system: You are a helpful assistant.
user:
Analyze the provided spectrum to determine if it is a **S-type Star**.

- **Key Indicators for S-type Star:**

    - **(Overall Spectrum Shape):** The first and most obvious characteristic is the overall continuum (the "baseline" shape). It is **extremely "red-sloping,"** meaning the flux (light intensity) is very low on the left side (blue, ~4000-4500 Å) and rises steeply and continuously toward the right side (red, ~7000 Å+).

    - **(Primary):** The spectrum is defined by the presence of strong, broad molecular absorption "valleys" (bands) from **Zirconium Oxide (ZrO)**. The identification of these bands is the **primary requirement** for classifying a star as S-type.
        - **(Key Bandheads):** You must find distinct, deep "dips" where the light has been absorbed. The most critical band systems to locate are:
            - **~6474 Å** ($\gamma$-system): This is often the strongest and clearest ZrO feature, found in the red part of the spectrum.
            - **~5718 Å** & **~5551 Å** ($\beta$-system): A pair of prominent absorption features in the yellow-orange part of the spectrum.
            - **~4640 Å** ($\alpha$-system): A key absorption band system in the blue-green region of the spectrum.

    - **(Secondary Confirmation):** The classification is strengthened by finding additional absorption bands from other related heavy element oxides, which are expected to be present alongside ZrO.
        - **(Key Bandheads):**
            - **Yttrium Oxide (YO):** Look for absorption dips near **~4800 Å** and **~6100 Å**.
            - **Lanthanum Oxide (LaO):** Additional absorption features, particularly in the red-orange part of the spectrum, are also characteristic.

    - **(Line Profile):** The combination of the steep red continuum and these numerous, deep molecular bands (ZrO, YO, etc.) gives the entire spectrum a very **"chopped-up"** or **"bumpy"** appearance. Instead of a smooth curve, the spectrum looks as though large, wide chunks of light have been "carved out" of it at the specific wavelengths listed above.

Think first, call **spectral_visualization_tool** if needed to examine features in detail, then provide your final answer. Your response must adhere to the following strict rules:
1.  **Overall Structure:** Your response must follow the format `<think>...</think> <tool_call>...</tool_call> (if a tool is used) <answer>...</answer>`.
2.  **Tool Usage Constraint:** You may only make **one** tool call per turn.
3.  **Final Answer Format:** In the `<answer>` tag, your conclusion must be inside a `\boxed{}` command (e.g., `\boxed{YES}` or `\boxed{NO}`), followed by your justification.

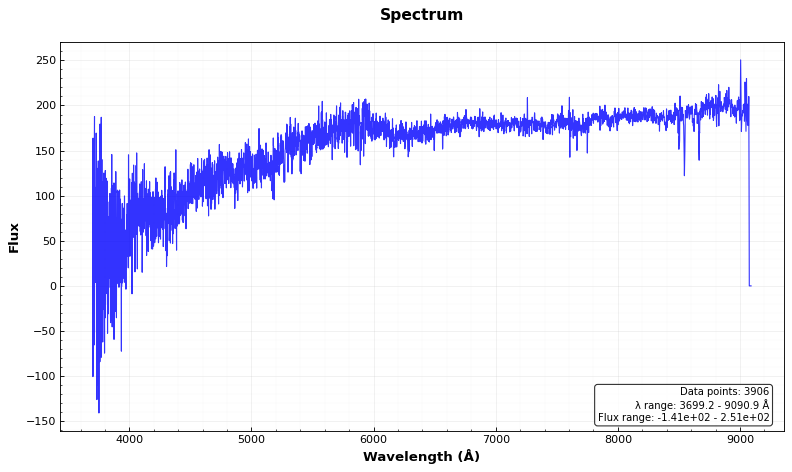
Answer: NO